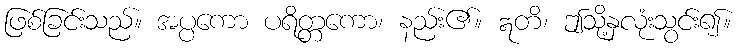
ဖြစ်ခြင်းသည်။ အပ္ပကော ပရိတ္တကော၊ နည်း၏။ ဣတိ၊ ဤသို့နှလုံးသွင်း၍။